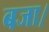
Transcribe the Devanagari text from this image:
बजा।